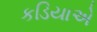
કડિયાએ